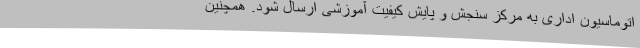
اتوماسیون اداری به مرکز سنجش و پایش کیفیت آموزشی ارسال شود. همچنین